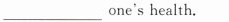
___one's health.